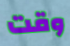
وقت